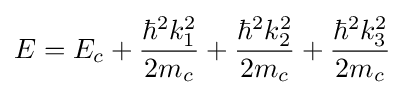
E=E_{c}+{\hbar ^{2}k_{1}^{2} \over 2m_{c}}+{\hbar ^{2}k_{2}^{2} \over 2m_{c}}+{\hbar ^{2}k_{3}^{2} \over 2m_{c}}